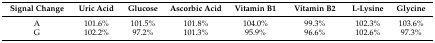
| Signal Change | Uric Acid | Glucose | Ascorbic Acid | Vitamin B1 | Vitamin B2 | L-Lysine | Glycine |
 | --- | --- | --- | --- | --- | --- | --- | --- |
 | A | 101.6% | 101.5% | 101.8% | 104.0% | 99.3% | 102.3% | 103.6% |
 | G | 102.2% | 97.2% | 101.3% | 95.9% | 96.6% | 102.6% | 97.3% |